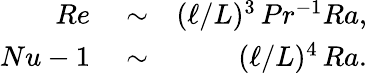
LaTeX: \begin{array}{rlr}{Re}&{{}\sim}&{({\ell}/{L})^{3}\, Pr^{-1}Ra,}\\ {Nu-1}&{{}\sim}&{({\ell}/{L})^{4}\, Ra.}\end{array}